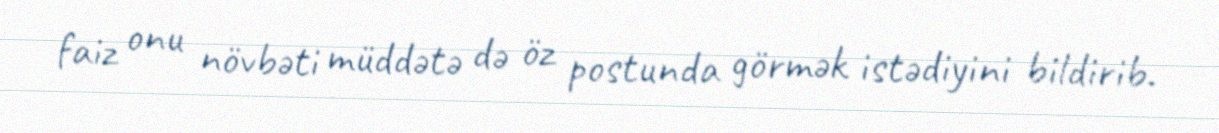
faiz onu növbəti müddətə də öz postunda görmək istədiyini bildirib.